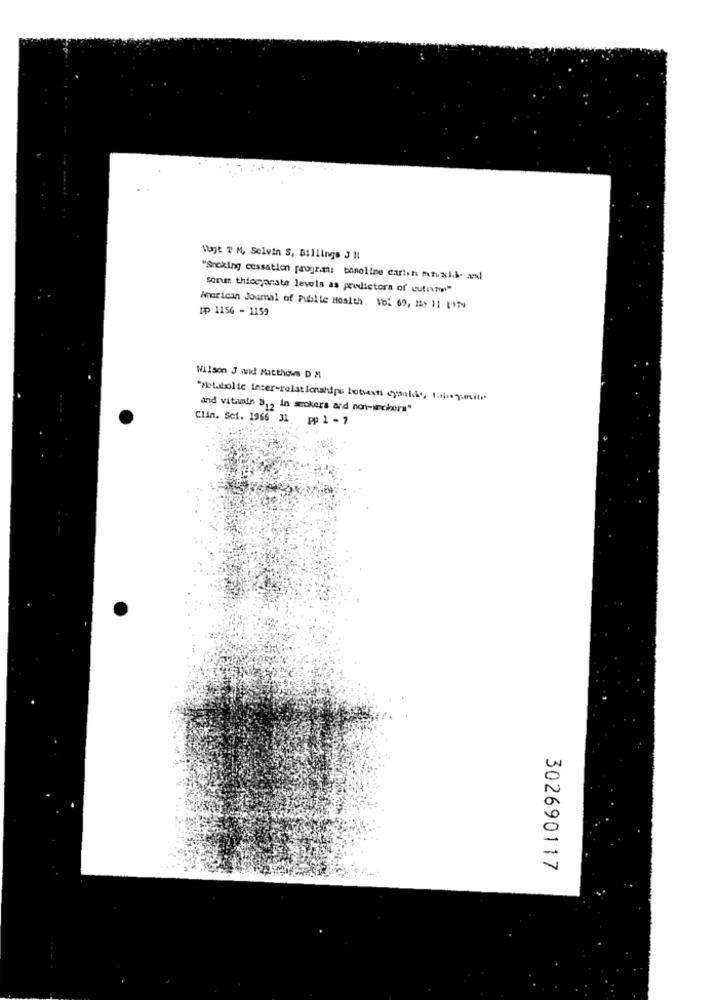
Vogt 7 M, Selvin S, Billings 3 11
"Smoking cessation program: baneline carish mafuxi.k- al
sorum thioganate levels as predictors of cutemin"
American Journal of Public Health Vol 69, mas 11 1179
[p 1156 - 1159
Wilson J and Matthews D M
"Metabolic inter-relationships lotsasn dysilke, tanto youitr.
and vitamin B ., in scokers ard non-unckera"
Clin. Sei. 1966 31. pp 1 - 7
302690117